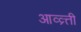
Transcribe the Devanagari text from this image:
आव्व्र्त्ती